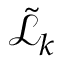
\mathcal { \tilde { L } } _ { k }